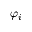
\varphi _ { i }